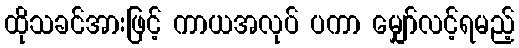
ထိုသခင်အားဖြင့် ကာယအလုပ် ပကာ မျှော်လင့်ရမည့်